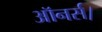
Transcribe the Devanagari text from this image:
ऑनर्स।